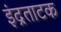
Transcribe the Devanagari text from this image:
इंद्रताटक